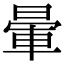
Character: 暈